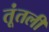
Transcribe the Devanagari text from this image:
तूंतली